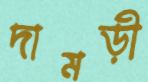
দামড়ী